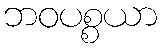
ဘဝပစ္စယာ